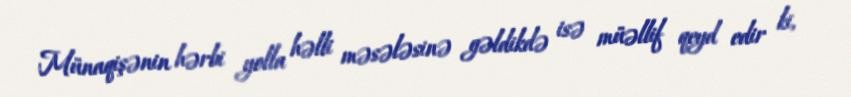
Münaqişənin hərbi yolla həlli məsələsinə gəldikdə isə müəllif qeyd edir ki,